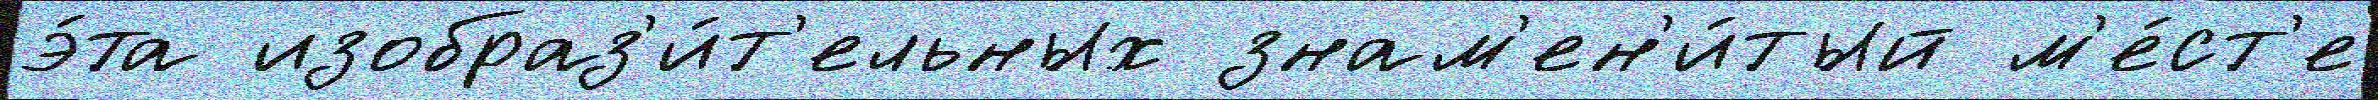
э́та изобраз'и́т'ельных знам'ен'и́тый м'е́ст'е